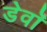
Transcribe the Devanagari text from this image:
डेवॉ